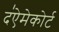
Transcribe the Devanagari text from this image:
द॑ऐमेकोर्ट